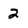
Character: 2